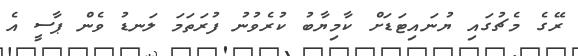
ރޭގެ މެޗުގައި ޔުނައިޓަޑަށް ކާމިޔާބު ކުރެވުނު ފުރަތަމަ ލަނޑު ވެން ޕާސީ އެ